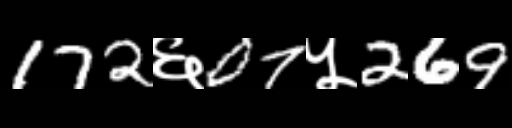
Text: 172६07५269